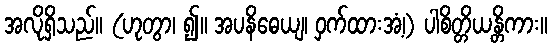
အလိုရှိသည်။ (ဟုတွာ၊ ၍။ အပနိဓေယျ၊ ဝှက်ထားအံ့၊) ပါစိတ္တိယန္တိကား။